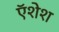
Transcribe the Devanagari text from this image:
ऍशेश